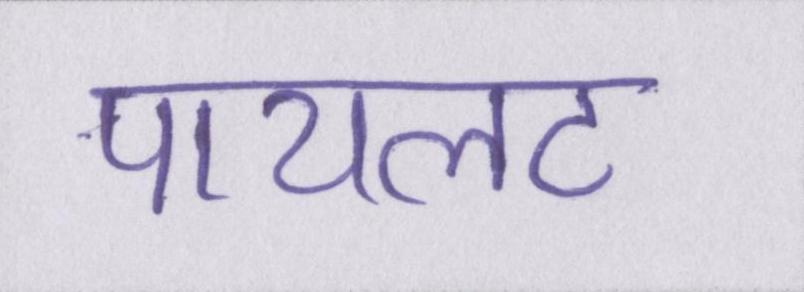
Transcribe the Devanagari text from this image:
पायलट